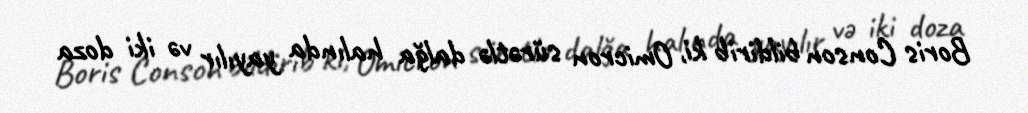
Boris Conson bildirib ki, Omicron sürətlə dalğa halında yayılır və iki doza